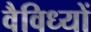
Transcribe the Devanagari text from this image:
वैविध्यों